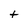
Character: t